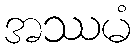
အဿမံ